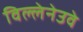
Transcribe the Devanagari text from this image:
विल्लेनेउवे